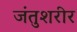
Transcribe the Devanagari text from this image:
जंतुशरीर